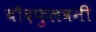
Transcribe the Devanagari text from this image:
बौदफुलवनी